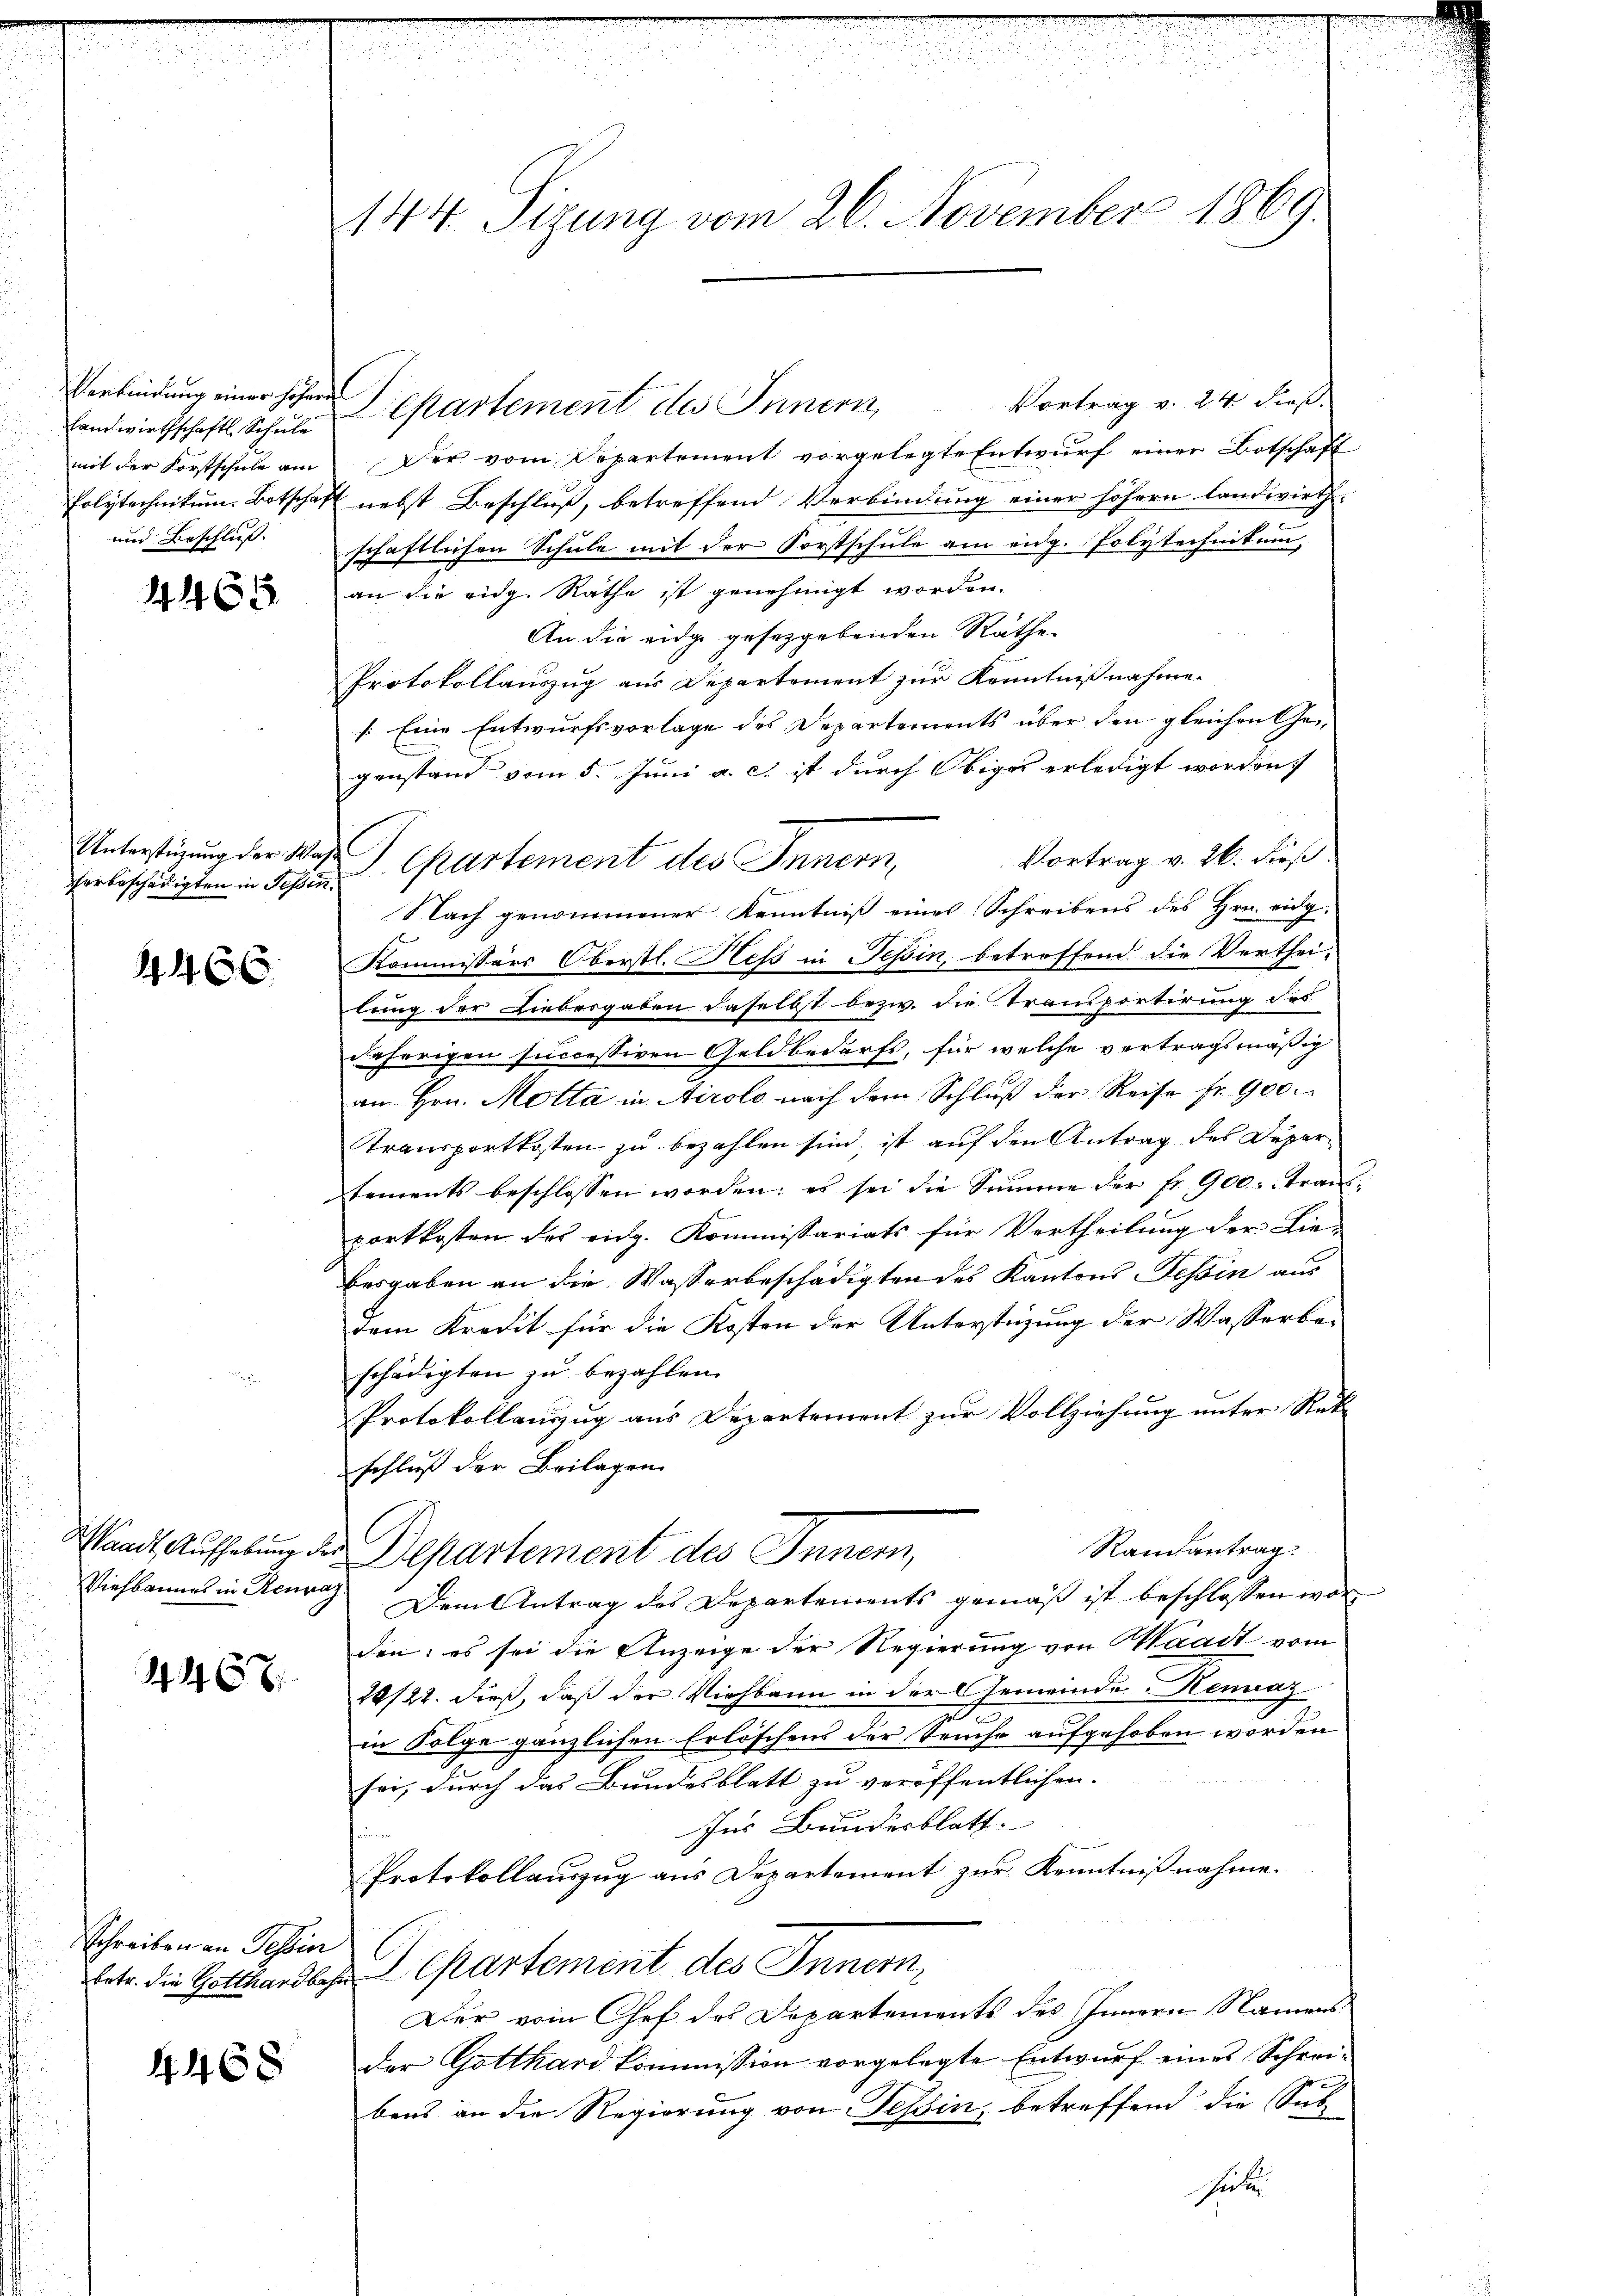
Landwirthschaftl. Schule
mit der Forstschule am
und Beschluss. |

.

Unterstüzung der Was
herbeschädigten in Teßin.

446.

4467

Schreiben an Tessin

4468

144. Sizung vom 26. November 1869.

Verbindung einer höhere Departement des Innern Vortrag v. 24 dieß
Der vom Departement vorgelegte Entwurf einer Botschaft
Polytechnikum. Botschaft nebst Beschluß, betreffend Verbindung einer höhern landwirthschaftlichen Schule mit der Forstschule am aug. Polytechnikum,
an die eidg. Räthe ist genehmigt worden.
An die eidge gesetzgebenden Räthe
Protokollauszug aus Departement zur Kenntnißnahme.
s: Eine Entwurfsvorlage des Departements über den gleichen Ge
genstand vom 5. Juni a. c. ist durch Obiges erledigt worden,
Vortrag v. 26. dies
Departement des Innern,
Nach genommener Kenntniß eines Schreibens des Hrn. eidg.
Kommissärs Oberstl. Heß in Tessin, betroffend die Verthei-
lung der Liebergaben daselbst bezw. die Transportirung des
daherigen successiven Geldbedarfs, für welche vertragsmäßig
an Hrn. Motta in Airolo nach dem Schluß der Reise fr. 900.
Transportkosten zu bezahlen sind, ist auf den Antrag des Deparsements beschlossen worden; es sei die Summe der fr. 900. Fran
portkosten des eidg. Kommissariats für Vertheilung der Lien
besgaben an die Wasserbeschädigten des Kantons Tessin aus
Dem Kredit für die Kosten der Unterstüzung der Wasserbe-
schädigten zu bezahlen.
Protokollauszug aus Departement zur Vollziehung unter Rat
schluß der Beilagen
C
Randantrag
Waadt, Aufhebung der Departement des Innern,
Viehbannes in Renvaz Dem Antrag des Departements gemäß ist beschlossen war
den; es sei die Anzeige der Regierung von Waadt vom
20/22. dieß, daß der Viehbann in der Gemeinde Kennaz
in Folge gänzlichen Erlöschens der Seuche aufgehoben worden
sei, durch das Bundesblatt zu veröffentlichen. |
Ins Bundesblatt.
Protokollauszug aus Departement zur Kenntnißnahme.
betr. die Gotthardbahr Chartement des Innern,
Der vom Chef des Departements des Innern Namens
der Gotthard kommission vorgelegte Entwurf eines Schreibens an die Regierung von Tessin, betreffend die Sub